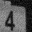
Digit: 4